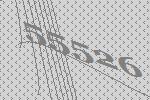
55526